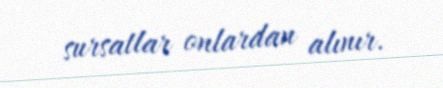
sursatlar onlardan alınır.